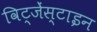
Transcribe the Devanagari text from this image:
विट्जेंस्टाइन